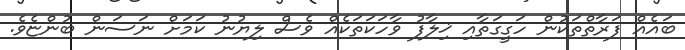
ބައެއް ފަރާތްތަކުން ހަގީގަތާއި ޚިލާފު ވާހަކަތަކެއް ވެސް ލިޔުނު ކަމަށް ނަސަން ބުންޏެވެ.